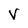
Character: V